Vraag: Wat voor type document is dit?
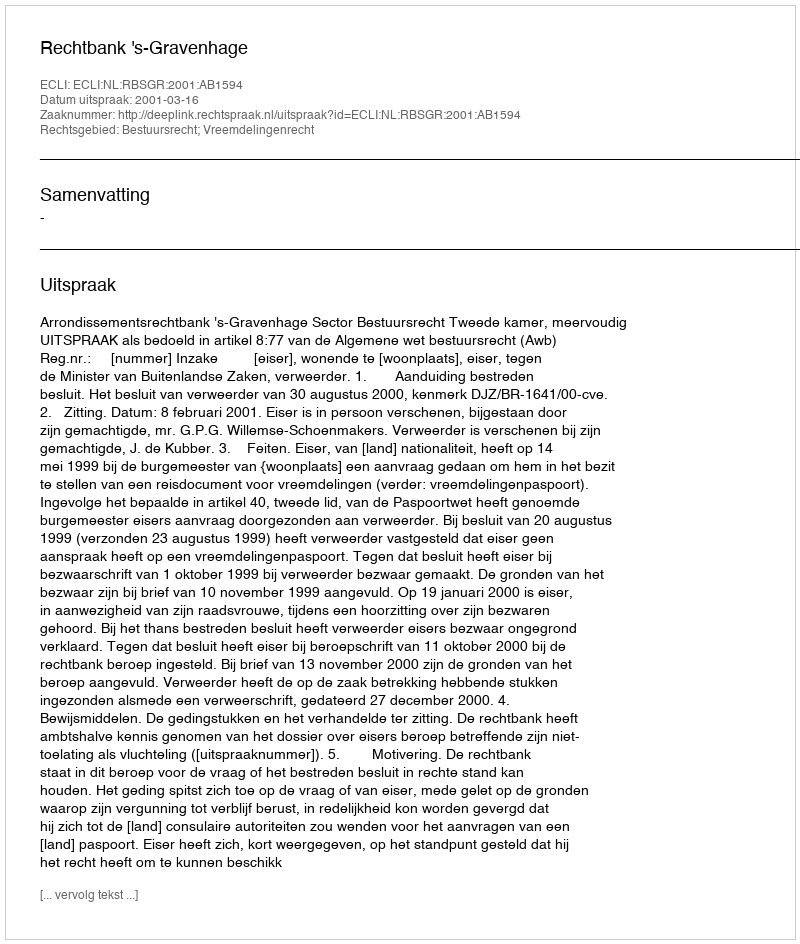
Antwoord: Uitspraak